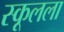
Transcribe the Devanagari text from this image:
स्कूलला